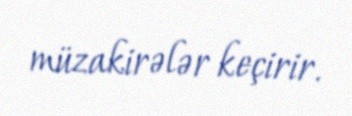
müzakirələr keçirir.